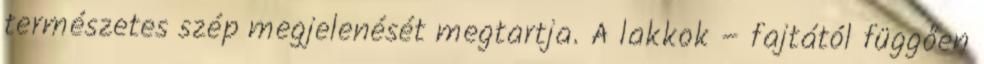
természetes szép megjelenését megtartja. A lakkok – fajtától függően